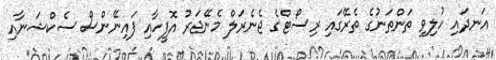
އަނދައި ހުލިވި ތަންތަނުގެ ތެރޭގައި ރިސޯޓްގެ ޖެނެރަލް މެނޭޖަރު އޮފީހާއި ފައިނޭންސް ސެކްޝަނާއި